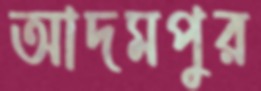
আদমপুর